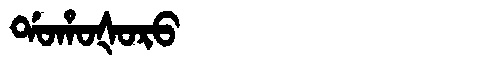
Manchu: ᡩᠣᡥᠣᡧᠣᡵᠣ
Romanization: DOHOŠORO